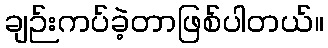
ချဉ်းကပ်ခဲ့တာဖြစ်ပါတယ်။